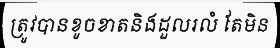
ត្រូវបានខូចខាតនិងដួលរលំ តែមិន